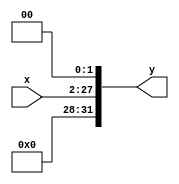
module ShiftLeft_2(x,y);
	parameter n = 26; 
	input [n-1:0] x;
	output [31:0] y;
	

	assign y = (x << 2) ;
	  
   
   	
endmodule